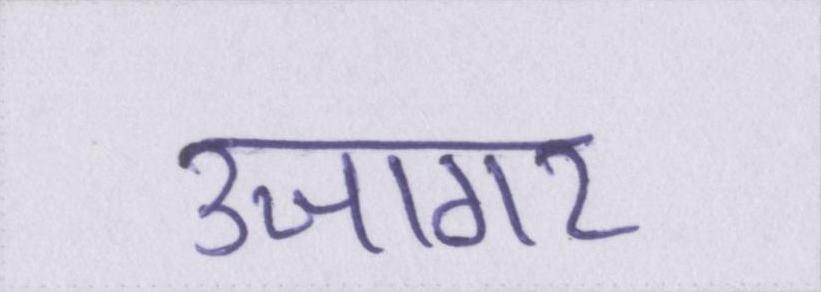
उजागर